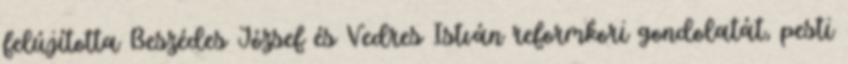
felújította Beszédes József és Vedres István reformkori gondolatát, pesti